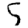
Digit: 5